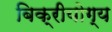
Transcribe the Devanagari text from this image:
बिक्रीयोग्य